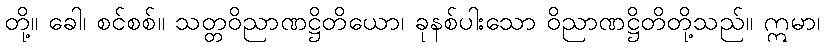
တို့။ ခေါ၊ စင်စစ်။ သတ္တဝိညာဏဋ္ဌိတိယော၊ ခုနစ်ပါးသော ဝိညာဏဋ္ဌိတိတို့သည်။ ဣမာ၊